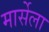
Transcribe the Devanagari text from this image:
मार्सेला